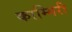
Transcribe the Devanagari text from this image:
काम्गिरी